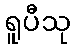
ရူပီသု